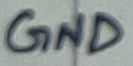
Text: GND